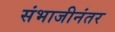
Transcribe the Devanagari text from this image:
संभाजीनंतर